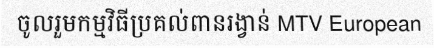
ចូលរួមកម្មវិធីប្រគល់ពានរង្វាន់ MTV European